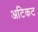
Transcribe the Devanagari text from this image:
अटिकट